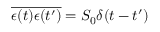
\overline { { \epsilon ( t ) \epsilon ( t ^ { \prime } ) } } = S _ { 0 } \delta ( t - t ^ { \prime } )